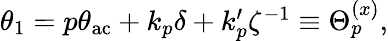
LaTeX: \begin{array}{r}{\theta_{1}=p\theta_{\mathrm{ac}}+k_{p}\delta+k_{p}^{\prime}\zeta^{-1}\equiv\Theta_{p}^{(x)},}\end{array}